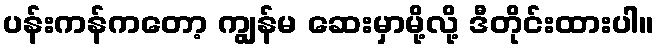
ပန်းကန်ကတော့ ကျွန်မ ဆေးမှာမို့လို့ ဒီတိုင်းထားပါ။